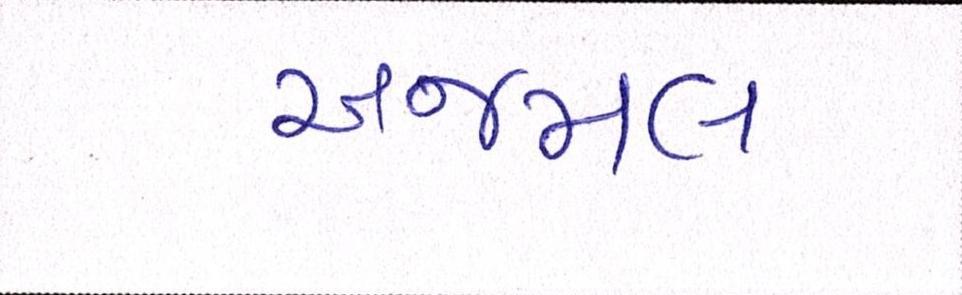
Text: અજમલ